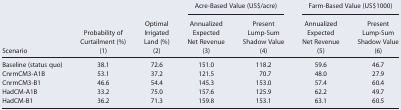
|  |  |  | <COLSPAN=2> Acre‐Based Value (US$/acre) | <COLSPAN=2> Farm‐Based Value (US$1000) |
 |  | Probability of Curtailment (%) | Optimal Irrigated Land (%) | Annualized Expected Net Revenue | Present Lump‐Sum Shadow Value | Annualized Expected Net Revenue | Present Lump‐Sum Shadow Value |
 | Scenario | (1) | (2) | (3) | (4) | (5) | (6) |
 | --- | --- | --- | --- | --- | --- | --- |
 | Baseline (status quo) | 38.1 | 72.6 | 151.0 | 118.2 | 59.6 | 46.7 |
 | CnrmCM3‐A1B | 53.1 | 37.2 | 121.5 | 70.7 | 48.0 | 27.9 |
 | CnrmCM3‐B1 | 46.6 | 54.4 | 145.3 | 153.0 | 57.4 | 60.4 |
 | HadCM‐A1B | 33.2 | 75.0 | 157.6 | 125.9 | 62.2 | 49.7 |
 | HadCM‐B1 | 36.2 | 71.3 | 159.8 | 153.1 | 63.1 | 60.5 |